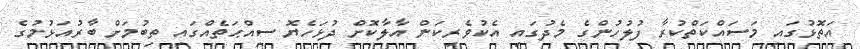
އަތޮޅުގައި މަސައްކަތްކުރާ ފުލުހުންގެ މެދުގައި އެކުވެރިކަން އާލާކޮށް ދުޅަހެޔޮ ސިއްޙަތެއްގައި ތިބުމަށް ބާރުއަޅުމުގެ